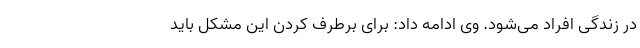
در زندگی افراد می‌شود. وی ادامه داد: برای برطرف کردن این مشکل باید